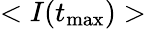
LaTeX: <I(t_{\mathrm{max}})>